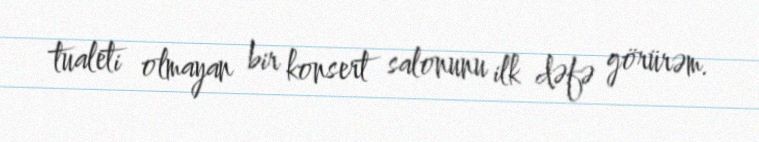
tualeti olmayan bir konsert salonunu ilk dəfə görürəm.